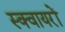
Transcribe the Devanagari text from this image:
स्क्वायरों